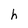
Character: h